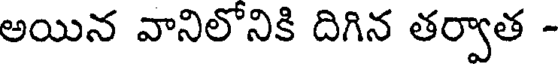
అయిన వానిలోనికి దిగిన తర్వాత -